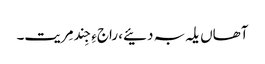
آھاں یلہ بہ دئیے، راجءِ جِند مِریت۔